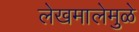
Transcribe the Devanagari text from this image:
लेखमालेमुळे